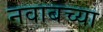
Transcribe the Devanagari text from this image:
नवाबच्या